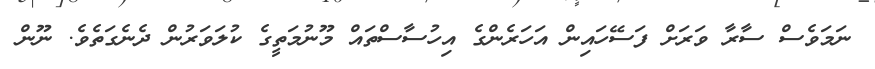
ނަމަވެސް ސާރާ ވަރަށް ފަސޭހައިން އަހަރެންގެ އިހުސާސްތައް މޫނުމަތީގެ ކުލަވަރުން ދެނެގަތެވެ. ނޫން